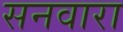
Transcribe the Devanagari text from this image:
सनवारा